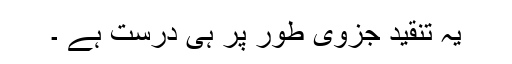
یہ تنقید جزوی طور پر ہی درست ہے ۔